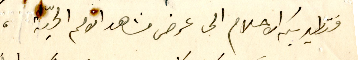
فتطير بكم الاحلام الى عرض مشاهد الامم الحيّة،